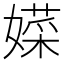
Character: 𱙮